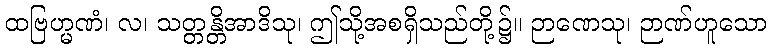
ထဗြဟ္မဏံ၊ လ၊ သတ္တန္တိအာဒိသု၊ ဤသို့အစရှိသည်တို့၌။ ဉာဏေသု၊ ဉာဏ်ဟူသော